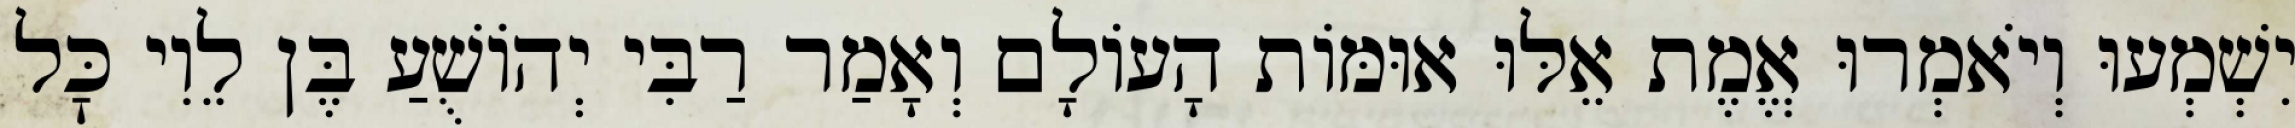
יִשְׁמְעוּ וְיֹאמְרוּ אֱמֶת אֵלּוּ אוּמּוֹת הָעוֹלָם וְאָמַר רַבִּי יְהוֹשֻׁעַ בֶּן לֵוִי כׇּל